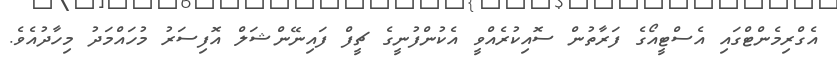
އެގްރިމެންޓްގައި އެސްޓީއޯގެ ފަރާތުން ސޮއިކުރެއްވީ އެކުންފުނީގެ ޗީފް ފައިނޭންޝަލް އޮފިސަރު މުހައްމަދު މިހާދުއެވެ.